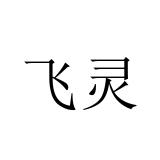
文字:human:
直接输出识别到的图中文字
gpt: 飞灵